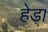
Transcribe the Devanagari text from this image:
हेड़ा